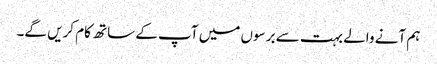
ہم آنے والے بہت سے برسوں میں آپ کے ساتھ کام کریں گے۔